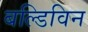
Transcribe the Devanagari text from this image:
बल्डिविन